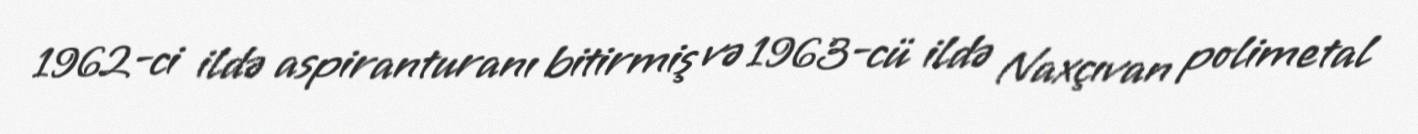
1962-ci ildə aspiranturanı bitirmiş və 1963-cü ildə Naxçıvan polimetal